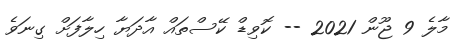
މާލެ 9 ޖޫން 2021 -- ކޮވިޑް ކޭސްތައް އާދަޔާ ހިލާފަށް ގިނަވެ